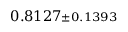
0 . 8 1 2 7 { \scriptstyle \pm 0 . 1 3 9 3 }